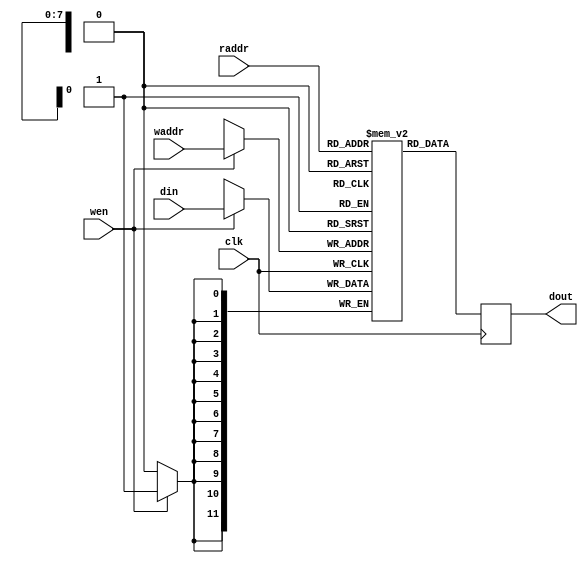

/*
The designers:

Ahmet Can Mert <ahmetcanmert@sabanciuniv.edu>
Ferhat Yaman <ferhatyaman@sabanciuniv.edu>

To the extent possible under law, the implementer has waived all copyright
and related or neighboring rights to the source code in this file.
http://creativecommons.org/publicdomain/zero/1.0/
*/

// read latency is 1 cc

module BRAM(input             clk,
            input             wen,
            input      [7:0]  waddr,
            input      [11:0] din,
            input      [7:0]  raddr,
            output reg [11:0] dout);
// bram
(* ram_style="block" *) reg [11:0] blockram [255:0];

// write operation
always @(posedge clk) begin
    if(wen)
        blockram[waddr] <= din;
end

// read operation
always @(posedge clk) begin
    dout <= blockram[raddr];
end

endmodule